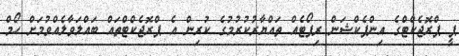
ޕީ ޕްރޮޖެކްޓްގެ އިންޕެކްޝަން ރިޕޯޓެއް ތައްޔާރުކުރުމުގެ ކުރިން އެ ޕްރޮޖެކްޓްތައް ބައްލަވާލެއްވުމަށް ހޯމް